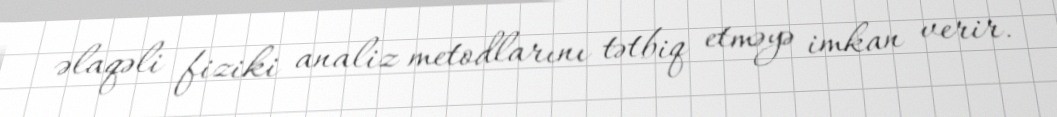
əlaqəli fiziki analiz metodlarını tətbiq etməyə imkan verir.